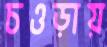
চওড়ায়